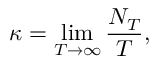
\kappa = \operatorname* { l i m } _ { T \to \infty } \frac { N _ { T } } { T } ,